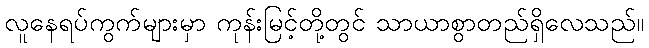
လူနေရပ်ကွက်များမှာ ကုန်းမြင့်တို့တွင် သာယာစွာတည်ရှိလေသည်။